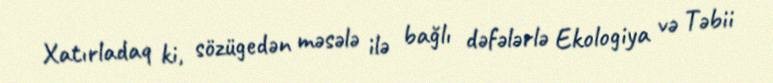
Xatırladaq ki, sözügedən məsələ ilə bağlı dəfələrlə Ekologiya və Təbii